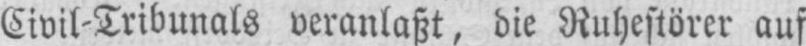
Civil-Tribunals veranlaßt, die Ruhestörer auf